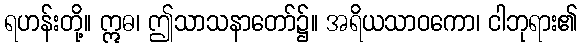
ရဟန်းတို့။ ဣဓ၊ ဤသာသနာတော်၌။ အရိယသာဝကော၊ ငါဘုရား၏